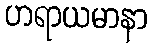
ဟရာယမာနာ